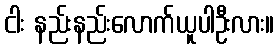
ငါး နည်းနည်းလောက်ယူပါဦးလား။